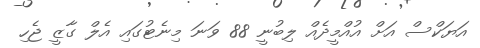
އަޔަކްސް އަށް އުއްމީދެއް ލިބުނީ 88 ވަނަ މިނެޓުގައި އެލް ގާޒީ ޖެހި